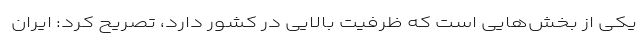
یکی از بخش‌هایی است که ظرفیت بالایی در کشور دارد، تصریح کرد: ایران